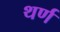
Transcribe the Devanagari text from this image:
थर्ण